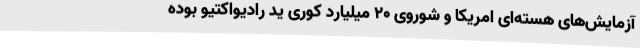
آزمایش‌های هسته‌ای امریکا و شوروی ۲۰ میلیارد کوری ید رادیواکتیو بوده